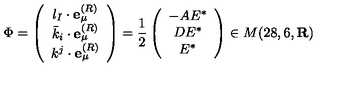
{ \Phi } = \left( \begin{array} { c } { l _ { I } \cdot { \bf e } _ { \mu } ^ { ( R ) } } \\ { { \bar { k } } _ { i } \cdot { \bf e } _ { \mu } ^ { ( R ) } } \\ { k ^ { j } \cdot { \bf e } _ { \mu } ^ { ( R ) } } \\ \end{array} \right) = { \frac { 1 } { 2 } } \left( \begin{array} { c } { - A E ^ { * } } \\ { D E ^ { * } } \\ { E ^ { * } } \\ \end{array} \right) \in M ( 2 8 , 6 , { \bf R } )